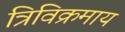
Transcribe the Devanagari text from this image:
त्रिविक्रमाय